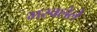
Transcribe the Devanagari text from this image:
भरवलेले